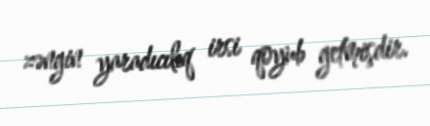
zəngin yaradıcılıq irsi qoyub getmişdir.